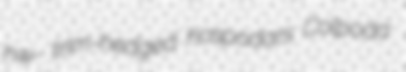
hw- trim-hedged hospodars Colpoda